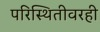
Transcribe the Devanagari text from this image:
परिस्थितीवरही